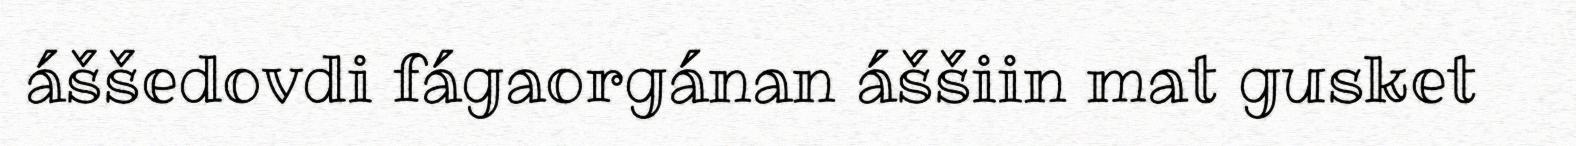
áššedovdi fágaorgánan áššiin mat gusket